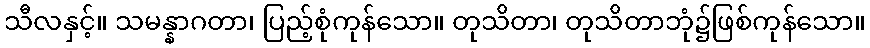
သီလနှင့်။ သမန္နာဂတာ၊ ပြည့်စုံကုန်သော။ တုသိတာ၊ တုသိတာဘုံ၌ဖြစ်ကုန်သော။